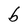
Character: b